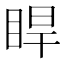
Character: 睅